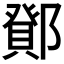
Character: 𮠉